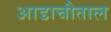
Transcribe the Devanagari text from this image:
आडाचौताल